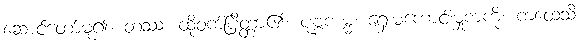
ဆောင်တော်မူ၍။ တဿ၊ ထိုဝက်ပြိတ္တာ၏။ ပုဗ္ဗကမ္မံ၊ ရှေးမကောင်းမှုကံကို။ ကထေသိ၊